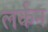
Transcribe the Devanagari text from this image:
लर्कन